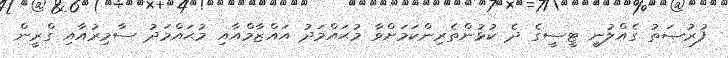
ފުރުޞަތު ގެއްލުނީ ޓީސީގެ ދެ ކުޅުންތެރިންކަމަށްވާ މުޙައްމަދު އައްޒާމްއާއި މުޙައްމަދު ސާމިރުއާއި ގްރީން